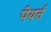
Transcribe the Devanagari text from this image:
पेयर्न